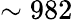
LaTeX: \sim 982